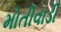
મોતીવાડી